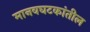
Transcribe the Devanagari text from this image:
मानवघटकांतील